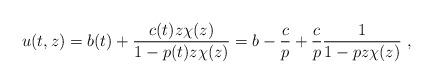
LaTeX: \begin{align*}u(t,z)=b(t)+\frac{c(t) z\chi(z)}{1-p(t)z\chi(z)}=b-\frac{c}{p}+\frac{c}{p}\frac{1}{1-pz\chi(z)}\ ,\end{align*}